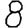
Digit: 8